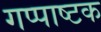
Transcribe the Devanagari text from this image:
गप्पाष्टक